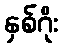
နှစ်ဂိုး